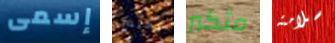
إسمى تحتضر متكبر سلامته